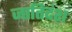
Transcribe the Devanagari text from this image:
जातिदंश